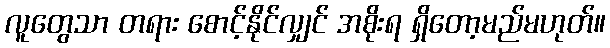
လူတွေသာ တရား စောင့်နိုင်လျှင် အစိုးရ ရှိတော့မည်မဟုတ်။